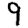
Digit: 9